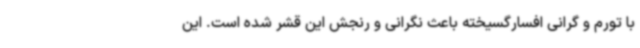
با تورم و گرانی افسارگسیخته باعث نگرانی و رنجش این قشر شده است. این